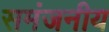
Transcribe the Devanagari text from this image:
समंजनीय